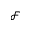
\mathcal { F }